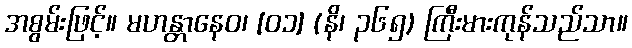
အစွမ်းဖြင့်။ မဟန္တာနေဝ၊ [၀၁] (နိ၊ ၃၆၅) ကြီးမားကုန်သည်သာ။